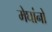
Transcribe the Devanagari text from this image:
मेघांनो